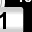
Digit: 1